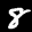
Label: 8